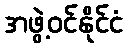
အဖွဲ့ဝင်နိုင်ငံ